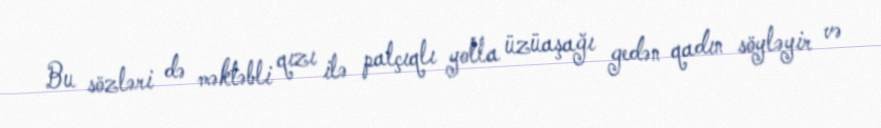
Bu sözləri də məktəbli qızı ilə palçıqlı yolla üzüaşağı gedən qadın söyləyir və